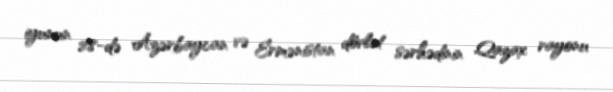
iyunun 28-də Azərbaycan və Ermənistan dövlət sərhədinin Qazax rayonu